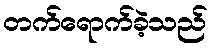
တက်ရောက်ခဲ့သည်